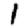
Digit: 1